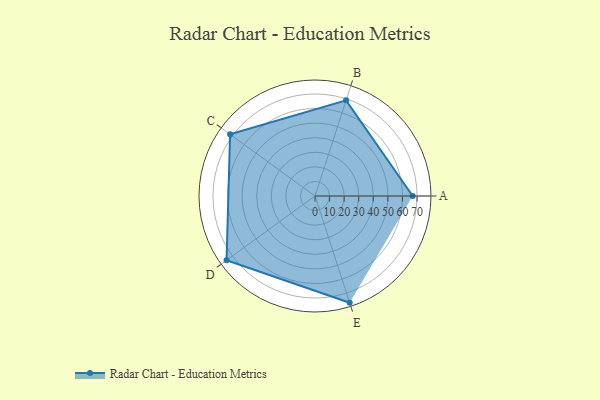
{"axis": {"x": "Skill", "y": "Score"}, "legend": ["Profile"], "data": [{"x": "A", "y": 67.0, "type": "Profile"}, {"x": "B", "y": 69.0, "type": "Profile"}, {"x": "C", "y": 72.0, "type": "Profile"}, {"x": "D", "y": 75.0, "type": "Profile"}, {"x": "E", "y": 77.0, "type": "Profile"}]}